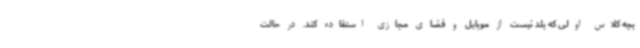
بچه کلاس اولی که بلد نیست از موبایل و فضای مجازی استفاده کند. در حالت